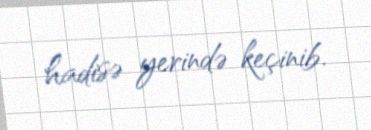
hadisə yerində keçinib.